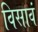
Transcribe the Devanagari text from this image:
विसावं